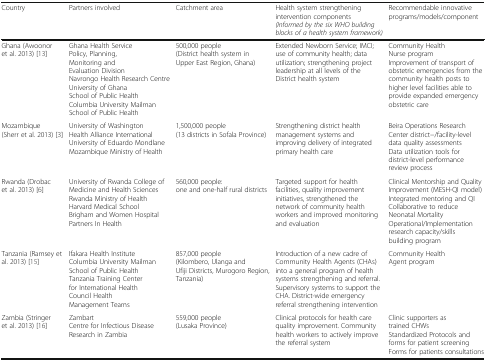
| Country | Partners involved | Catchment area | Health system strengthening intervention components(Informed by the six WHO building blocks of a health system framework) | Recommendable innovative programs/models/component |
 | --- | --- | --- | --- | --- |
 | Ghana (Awoonor et al. 2013) [13] | Ghana Health Service Policy, Planning, Monitoring and Evaluation DivisionNavrongo Health Research CentreUniversity of Ghana School of Public HealthColumbia University Mailman School of Public Health | 500,000 people (District health system in Upper East Region, Ghana) | Extended Newborn Service; IMCI; use of community health; data utilization; strengthening project leadership at all levels of the District health system | Community Health Nurse programImprovement of transport of obstetric emergencies from the community health posts to higher level facilities able to provide expanded emergency obstetric care |
 | Mozambique (Sherr et al. 2013) [3] | University of WashingtonHealth Alliance InternationalUniversity of Eduardo Mondlane Mozambique Ministry of Health | 1,500,000 people (13 districts in Sofala Province) | Strengthening district health management systems and improving delivery of integrated primary health care | Beira Operations Research Center district−/facility-level data quality assessmentsData utilization tools for district-level performance review process |
 | Rwanda (Drobac et al. 2013) [6] | University of Rwanda College of Medicine and Health SciencesRwanda Ministry of HealthHarvard Medical SchoolBrigham and Women HospitalPartners In Health | 560,000 people: one and one-half rural districts | Targeted support for health facilities, quality improvement initiatives, strengthened the network of community health workers and improved monitoring and evaluation | Clinical Mentorship and Quality Improvement (MESH-QI model)Integrated mentoring and QI Collaborative to reduce Neonatal MortalityOperational/Implementation research capacity/skills building program |
 | Tanzania (Ramsey et al. 2013) [15] | Ifakara Health InstituteColumbia University Mailman School of Public HealthTanzania Training Center for International HealthCouncil Health Management Teams | 857,000 people(Kilombero, Ulanga and Ufiji Districts, Murogoro Region, Tanzania) | Introduction of a new cadre of Community Health Agents (CHAs) into a general program of health systems strengthening and referral. Supervisory systems to support the CHA. District-wide emergency referral strengthening intervention | Community Health Agent program |
 | Zambia (Stringer et al. 2013) [16] | ZambartCentre for Infectious Disease Research in Zambia | 559,000 people(Lusaka Province) | Clinical protocols for health care quality improvement. Community health workers to actively improve the referral system | Clinic supporters as trained CHWsStandardized Protocols and forms for patient screeningForms for patients consultations |